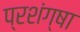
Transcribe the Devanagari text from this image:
प्रशंग्षा